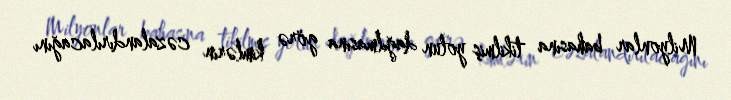
Milyonlar bahasına tikilmiş yolun dağılmasına görə kimlərin cəzalandırılacağını